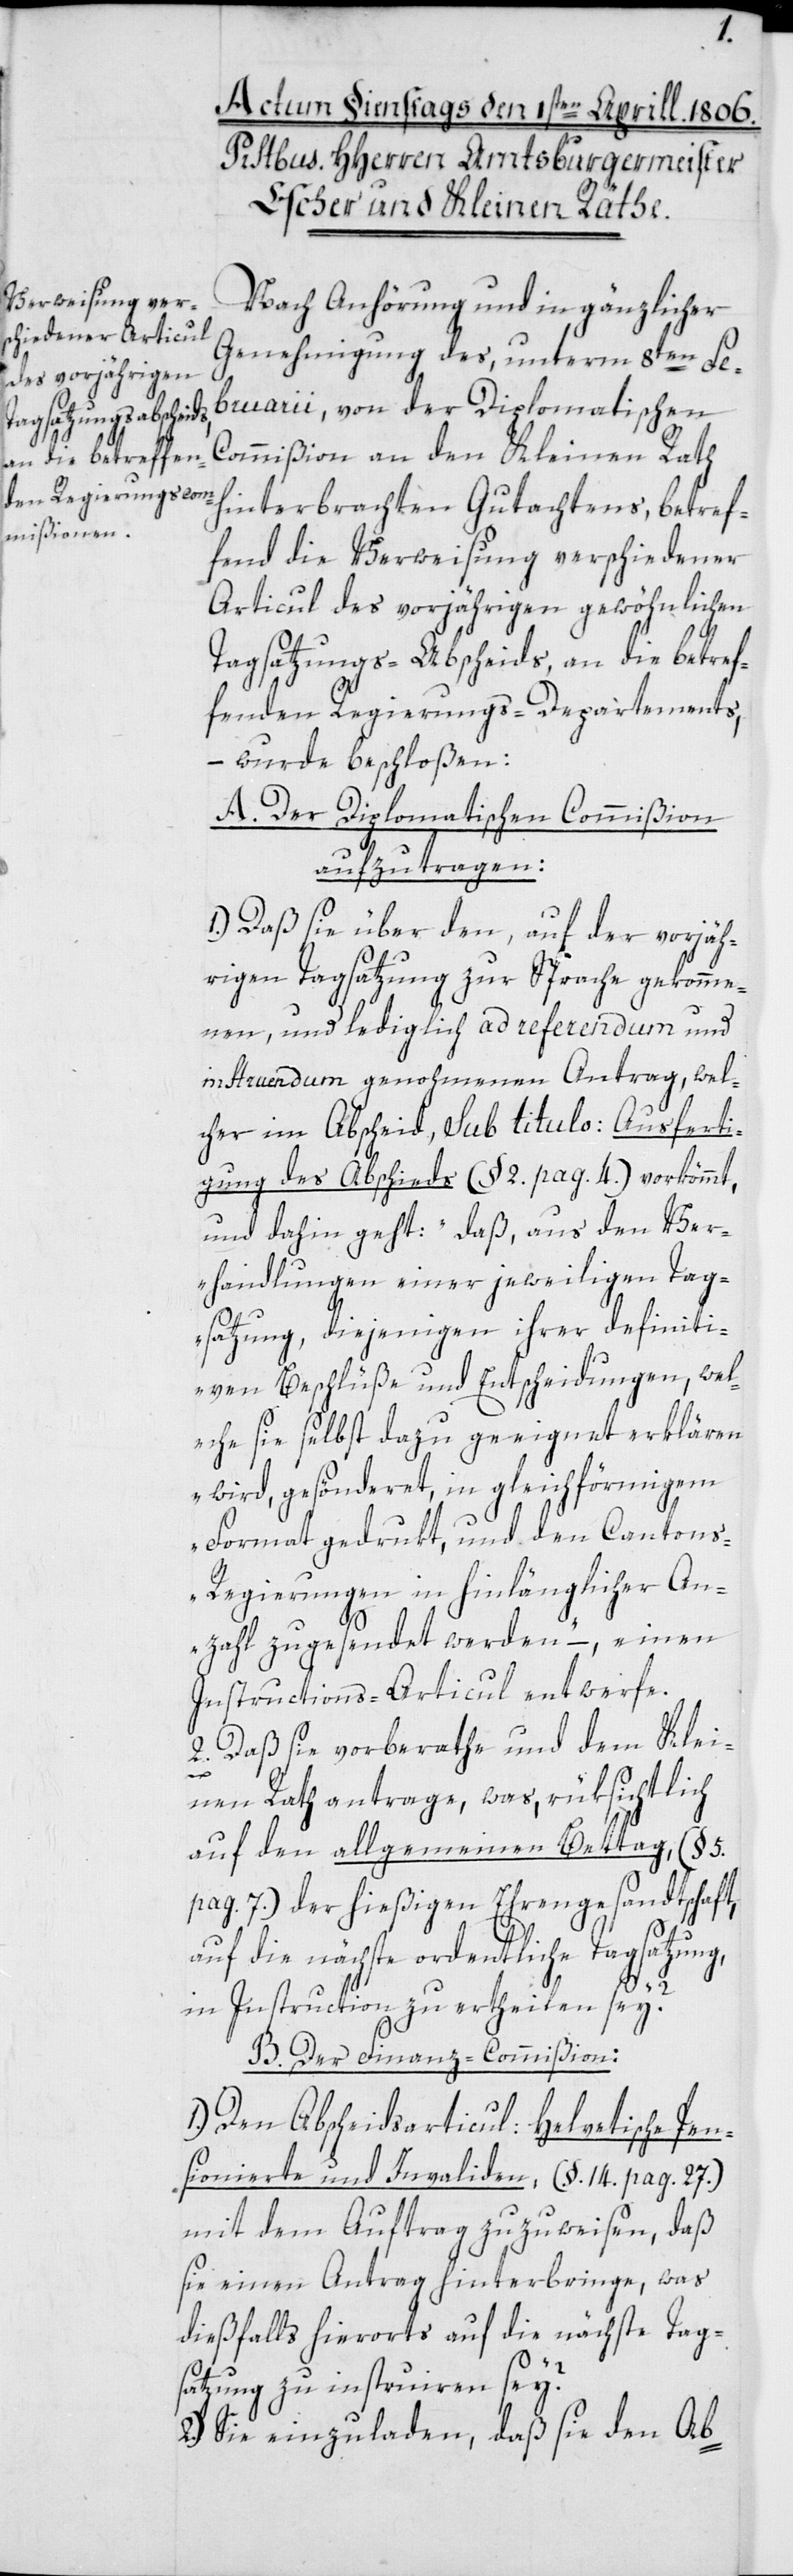
Nach Anhörung und in gänzlicher
Genehmigung des, unterm 8ten Fe¬
bruarii, von der Diplomatischen
Commißion an den Kleinen Rath
hinterbrachten Gutachtens, betref¬
fend die Verweisung verschiedener
Articul des vorjährigen gewöhnlichen
Tagsatzungs-Abscheids an die betref¬
fenden Regierungs-Departements,
– wurde beschloßen:
A. Der Diplomatischen Commißion
aufzutragen:
1.) Daß sie über den, auf der vorjäh¬
rigen Tagsatzung zur Sprache gekomme¬
nen, und lediglich ad referendum und
instruendum genohmenen Antrag, wel¬
cher im Abscheid, sub titulo Ausferti¬
gung des Abschieds (§ 2. pag. 4) vorkömmt,
und dahin geht: „Daß, aus den Ver¬
handlungen einer jeweiligen Tag¬
satzung, diejenigen ihrer definiti¬
ven Beschlüße und Entscheidungen, wel¬
che sie selbst dazu geeignet erklären
wird, gesönderet, in gleichförmigem
Format gedrukt, und den Canton¬
s-Regierungen in hinlänglicher An¬
zahl zugesendet werden“ –, einen
Instructions-Articul entwerfe.
2.) Daß sie vorberathe und dem Klei¬
nen Rath antrage, was, rüksichtlich
auf den allgemeinen Bettag, (§ 5.
pag. 7.) der hießigen Ehrengesandtschaft,
auf die nächste ordentliche Tagsatzung,
in Instruction zu ertheilen sey?
B. Der Finanz-Commißion:
1.) Den Abscheidsarticul: Helvetische Pen¬
sionierte und Invaliden, (§ 14. pag. 27.)
mit dem Auftrag zuzuweisen, daß
sie einen Antrag hinterbringe, was
dießfalls hierorts auf die nächste Tag¬
satzung zu instruiren sey?
Sie einzuladen, daß sie den Ab-